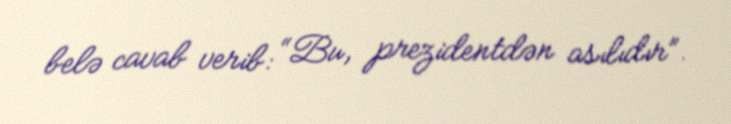
belə cavab verib: “Bu, prezidentdən asılıdır”.